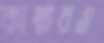
কান্নারও